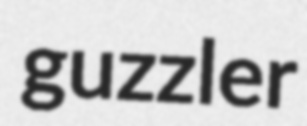
guzzler